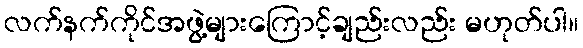
လက်နက်ကိုင်အဖွဲ့များကြောင့်ချည်းလည်း မဟုတ်ပါ။